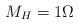
LaTeX: \begin{align*} M_H=1\Omega\end{align*}